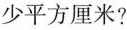
少平方厘米?